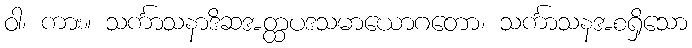
ဝါ၊ ကား။ သင်္ကာသနာဒိဆအတ္ထပဒသမာယောဂတော၊ သင်္ကာသနအစရှိသော